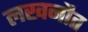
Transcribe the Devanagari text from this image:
लखनौत